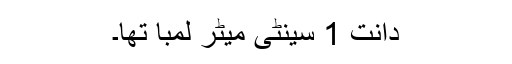
دانت 1 سینٹی میٹر لمبا تھا۔